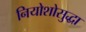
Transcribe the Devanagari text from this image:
नियोशोसुद्धा